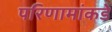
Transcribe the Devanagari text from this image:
परिणामांकडे